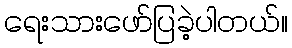
ရေးသားဖော်ပြခဲ့ပါတယ်။